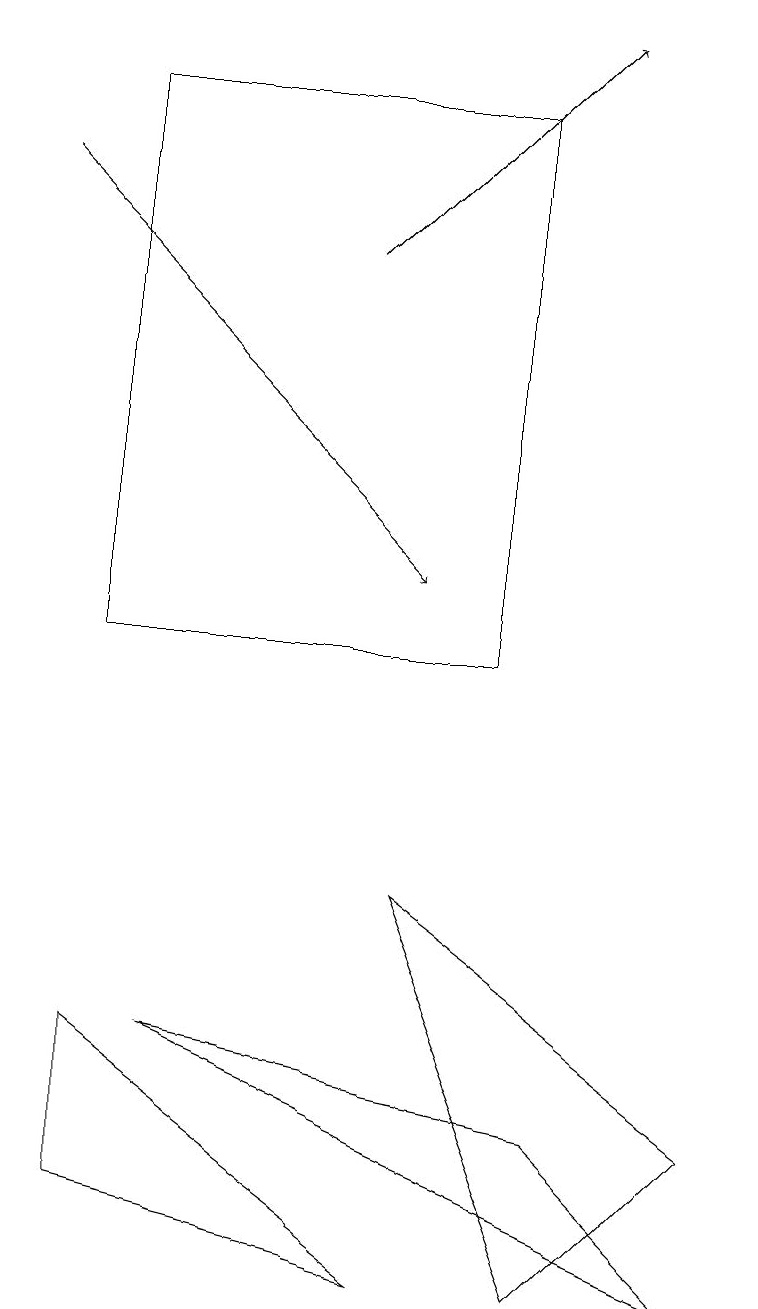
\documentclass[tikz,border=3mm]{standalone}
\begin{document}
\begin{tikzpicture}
\draw (6,10) rectangle (1,17);
\draw (7,2) -- (9,4) -- (5,7) -- cycle;
\draw (9,2) -- (2,5) -- (7,4) -- cycle;
\draw (5,2) -- (1,5) -- (1,3) -- cycle;
\draw[->] (4,15) -- (7,18);
\draw[->] (0,16) -- (5,11);
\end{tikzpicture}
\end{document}